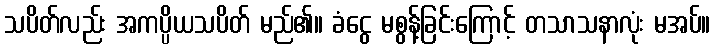
သပိတ်လည်း အကပ္ပိယသပိတ် မည်၏။ ခံငွေ မစွန့်ခြင်းကြောင့် တသာသနာလုံး မအပ်။